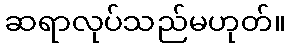
ဆရာလုပ်သည်မဟုတ်။